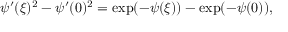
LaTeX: \psi ^ { \prime } ( \xi ) ^ { 2 } - \psi ^ { \prime } ( 0 ) ^ { 2 } = \exp ( - \psi ( \xi ) ) - \exp ( - \psi ( 0 ) ) ,